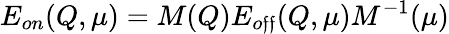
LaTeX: E_{on}(Q,\mu)=M(Q)E_{o\mathfrak{f}\mathfrak{f}}(Q,\mu)M^{-1}(\mu)